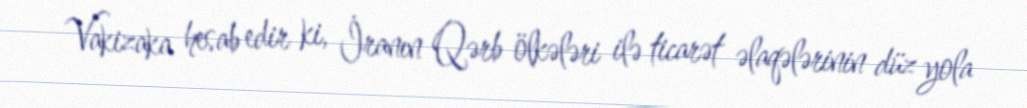
Vakizaka hesab edir ki, İranın Qərb ölkələri ilə ticarət əlaqələrinin düz yola